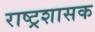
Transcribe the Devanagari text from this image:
राष्ट्रशासक